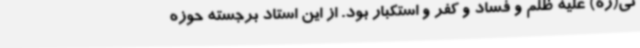
نی(ره) علیه ظلم و فساد و کفر و استکبار بود. از این استاد برجسته حوزه